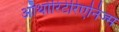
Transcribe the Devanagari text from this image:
ऑथोरिटेरिएनिज्म